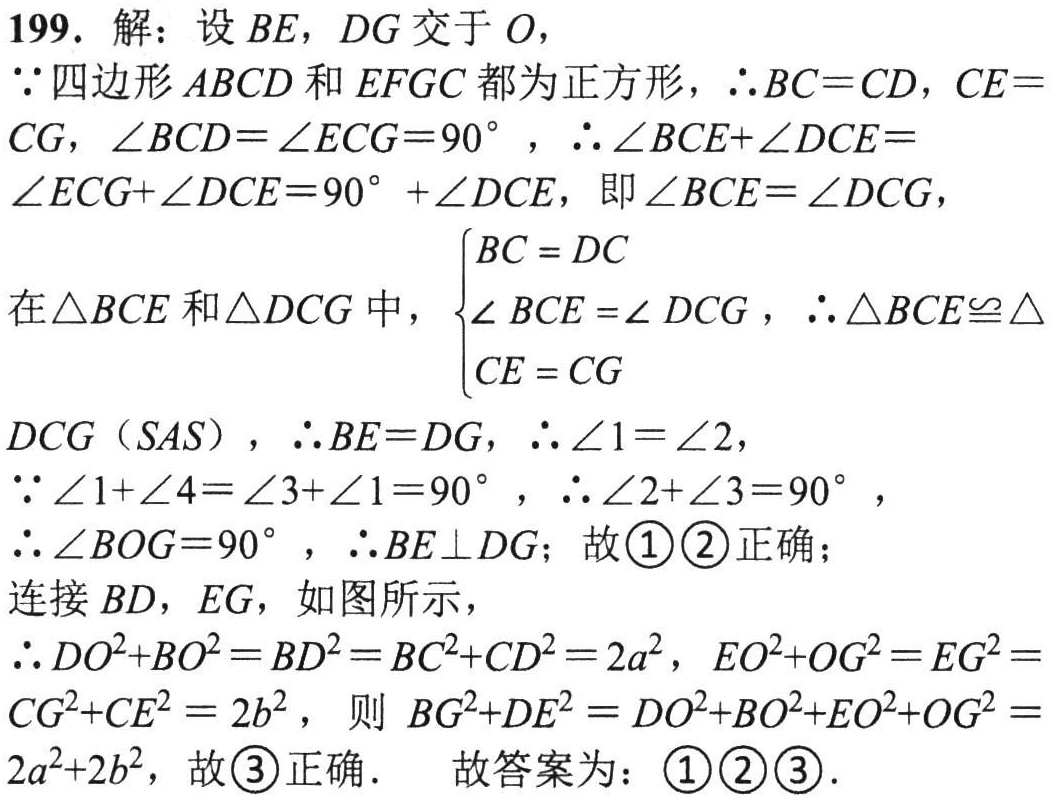
199. 解：设 \(BE\)，\(DG\) 交于 \(O\)，

\(\because\) 四边形 \(ABCD\) 和 \(EFG C\) 都为正方形，\(\therefore BC = CD\)，\(CE = CG\)，\(\angle BCD=\angle ECG = 90^{\circ}\)，\(\therefore\angle BCE+\angle DCE=\angle ECG+\angle DCE = 90^{\circ}+\angle DCE\)，即 \(\angle BCE=\angle DCG\)，

在 \(\triangle BCE\) 和 \(\triangle DCG\) 中，\(\begin{cases}BC = DC\\\angle BCE=\angle DCG\\CE = CG\end{cases}\)，\(\therefore\triangle BCE\cong\triangle DCG\)（\(SAS\)），\(\therefore BE = DG\)，\(\therefore\angle1=\angle2\)，

\(\because\angle1+\angle4=\angle3+\angle1 = 90^{\circ}\)，\(\therefore\angle2+\angle3 = 90^{\circ}\)，

\(\therefore\angle BOG = 90^{\circ}\)，\(\therefore BE\perp DG\)；故 \(\textcircled{1}\textcircled{2}\) 正确；

连接 \(BD\)，\(EG\)，如图所示，

\(\therefore DO^{2}+BO^{2}=BD^{2}=BC^{2}+CD^{2}=2a^{2}\)，\(EO^{2}+OG^{2}=EG^{2}=CG^{2}+CE^{2}=2b^{2}\)，则 \(BG^{2}+DE^{2}=DO^{2}+BO^{2}+EO^{2}+OG^{2}=2a^{2}+2b^{2}\)，故 \(\textcircled{3}\) 正确． 故答案为：\(\textcircled{1}\textcircled{2}\textcircled{3}\)．